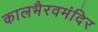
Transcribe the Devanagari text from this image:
कालभैरवमंदिर